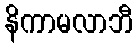
နိကာမလာဘီ